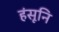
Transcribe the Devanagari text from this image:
हंसूनि